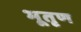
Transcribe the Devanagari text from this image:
भूतृण